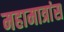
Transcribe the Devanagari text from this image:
महामात्रांस